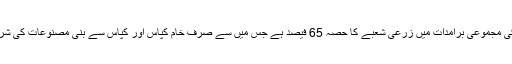
اسی طرح پاکستان کی مجموعی برآمدات میں زرعی شعبے کا حصہ 65 فیصد ہے جس میں سے صرف خام کپاس اور کپاس سے بنی مصنوعات کی شرح 73.2 فیصد ہے۔